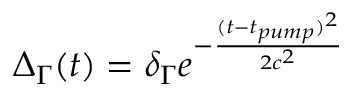
\Delta _ { \Gamma } ( t ) = \delta _ { \Gamma } e ^ { - \frac { ( t - t _ { p u m p } ) ^ { 2 } } { 2 c ^ { 2 } } }